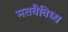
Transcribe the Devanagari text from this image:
मतवैविध्य